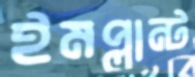
ইমপ্লান্ট